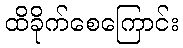
ထိခိုက်စေကြောင်း